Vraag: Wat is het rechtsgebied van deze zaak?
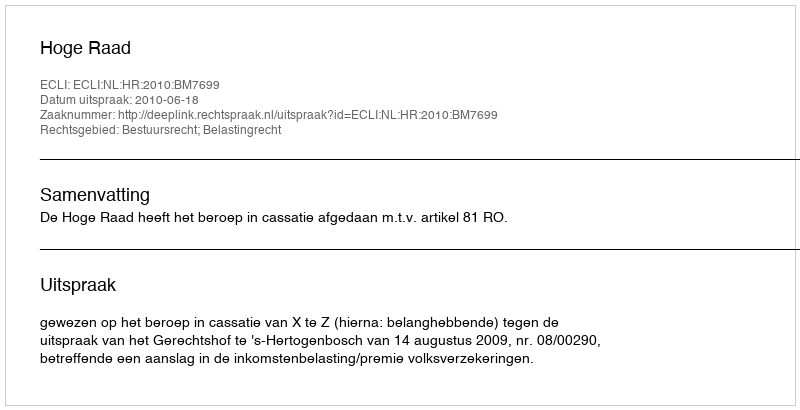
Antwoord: Bestuursrecht; Belastingrecht